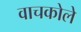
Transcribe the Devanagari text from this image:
वाचकोले